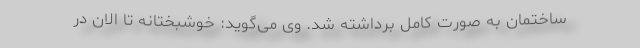
ساختمان به صورت کامل برداشته شد. وی می‌گوید: خوشبختانه تا الان در